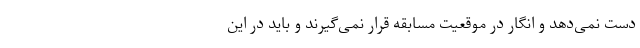
دست نمی‌دهد و انگار در موقعیت مسابقه قرار نمی‌گیرند و باید در این